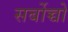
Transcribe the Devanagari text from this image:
सर्बोच्चो